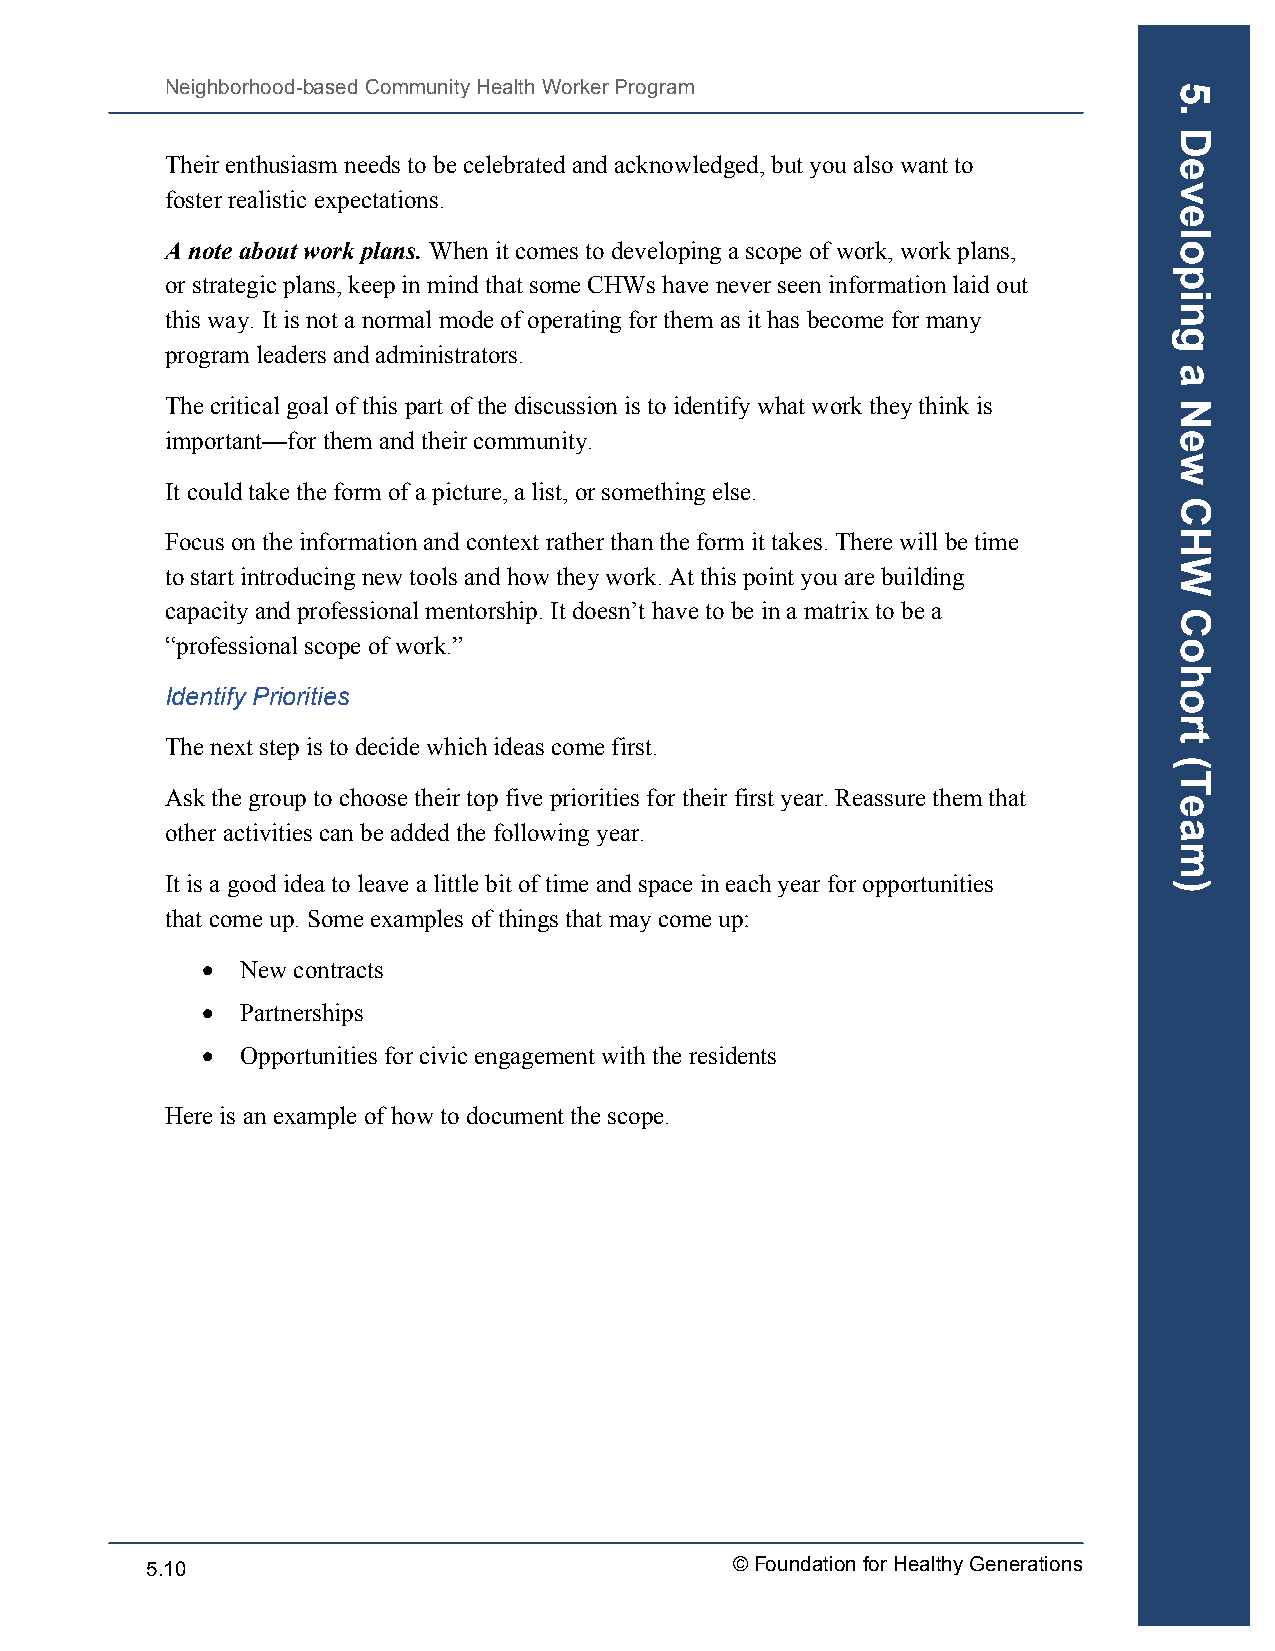
Neighborhood-based Community Health Worker Program
 Their enthusiasm needs to be celebrated and acknowledged, but you also want to
 foster realistic expectations.
 A note about work plans. When it comes to developing a scope of work, work plans,
 or strategic plans, keep in mind that some CHWs have never seen information laid out
 this way. It is not a normal mode of operating for them as it has become for many
 program leaders and administrators.
 The critical goal of this part of the discussion is to identify what work they think is
 important—for them and their community.
 It could take the form of a picture, a list, or something else.
 Focus on the information and context rather than the form it takes. There will be time
 to start introducing new tools and how they work. At this point you are building
 capacity and professional mentorship. It doesn’t have to be in a matrix to be a
 “professional scope of work.”
 Identify Priorities
 The next step is to decide which ideas come first.
 Ask the group to choose their top five priorities for their first year. Reassure them that
 other activities can be added the following year.
 It is a good idea to leave a little bit of time and space in each year for opportunities
 that come up. Some examples of things that may come up:
 •  New contracts
 •  Partnerships
 •  Opportunities for civic engagement with the residents
 Here is an example of how to document the scope.
 5.10                                  © Foundation for Healthy Generations
 5.
 Developing
 a
 New
 CHW
 Cohort
 (Team)